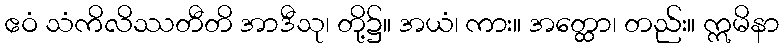
ဧဝံ သံကိလိဿတီတိ အာဒီသု၊ တို့၌။ အယံ၊ ကား။ အတ္ထော၊ တည်း။ ဣမိနာ